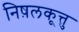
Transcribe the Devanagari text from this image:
निष़लकूत्तु